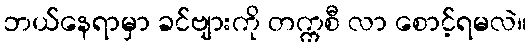
ဘယ်နေရာမှာ ခင်ဗျားကို တက္ကစီ လာ စောင့်ရမလဲ။